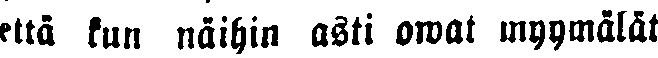
että kun näihin asti oivat myymälät